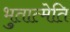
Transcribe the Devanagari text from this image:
भुतात्मेति